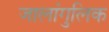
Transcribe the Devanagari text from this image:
जालांगुलिक